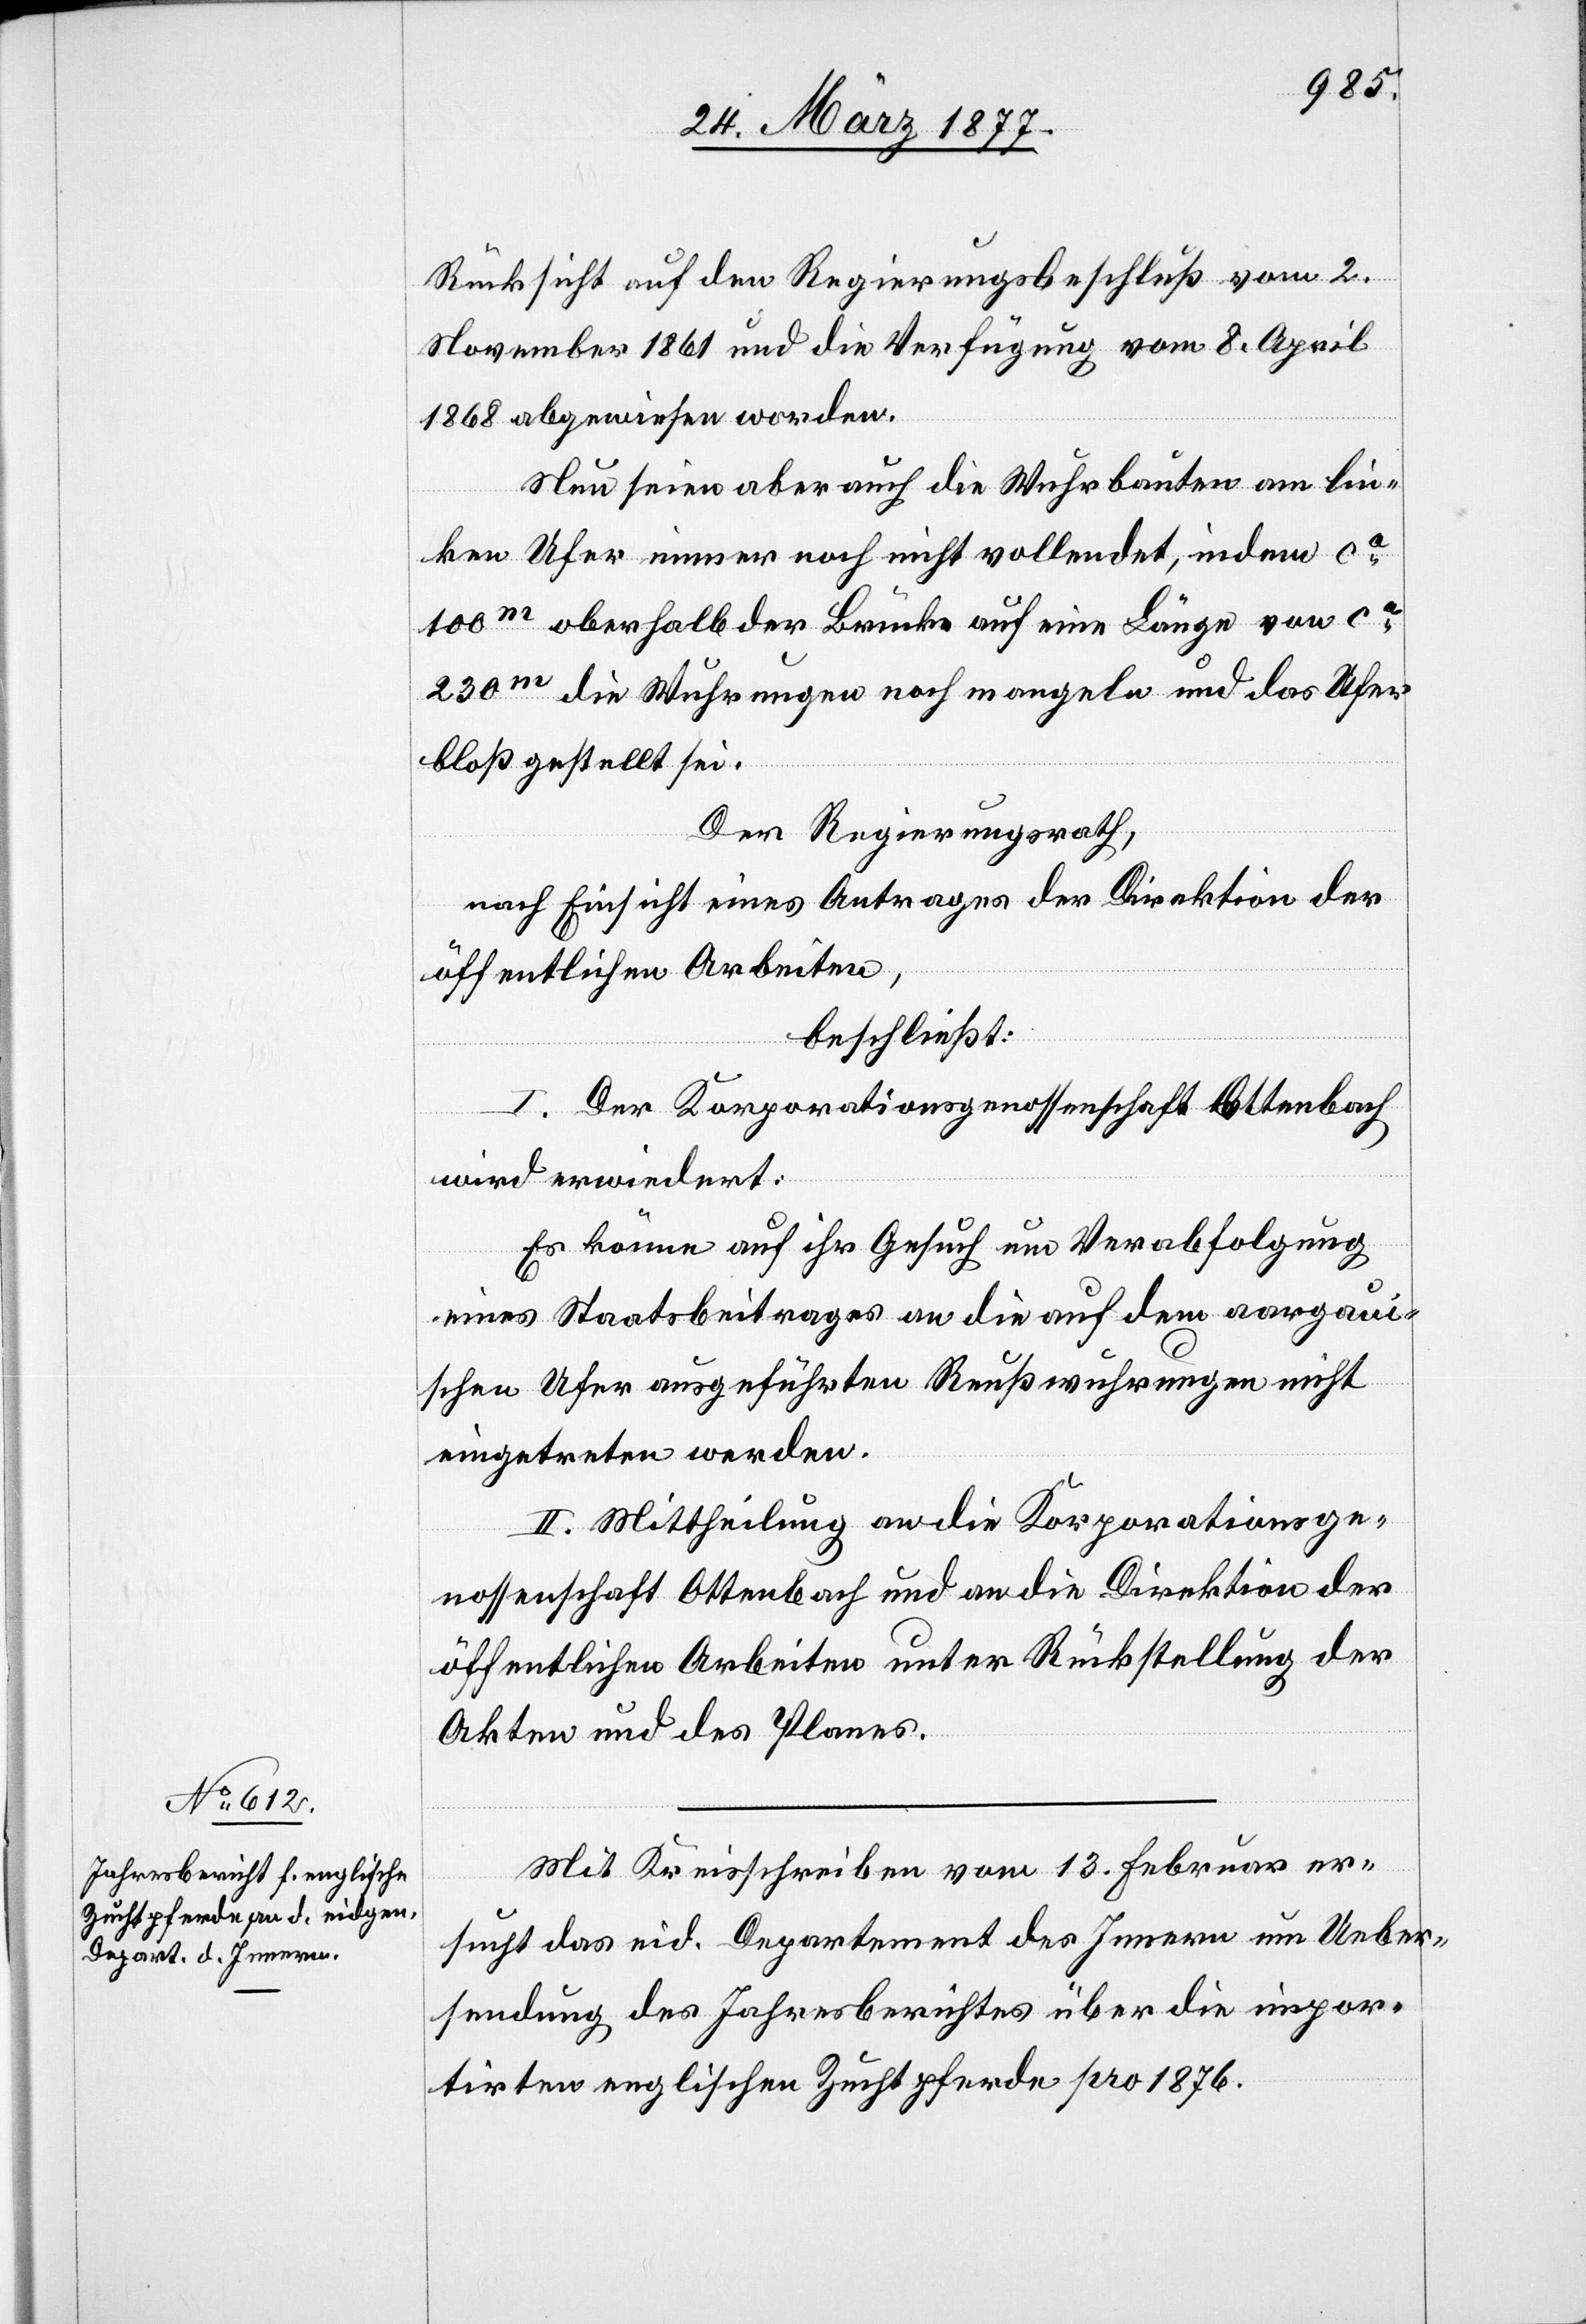
Rücksicht auf den Regierungsbeschluß vom 2.
November 1861 und die Verfügung vom 8. April
1868 abgewiesen worden.
Nun seien aber auch die Wuhrbauten am lin¬
ken Ufer immer noch nicht vollendet, indem ca
100m oberhalb der Brücke auf eine Länge von ca
230m die Wuhrungen noch mangeln und das Ufer
bloß gestellt sei.
Der Regierungsrath,
nach Einsicht eines Antrages der Direktion der
öffentlichen Arbeiten,
beschließt:
I. Der Korporationsgenossenschaft Ottenbach
wird erwiedert:
Es könne auf ihr Gesuch um Verabfolgung
eines Staatsbeitrages an die auf dem aargaui¬
schen Ufer ausgeführten Reußwuhrungen nicht
eingetreten werden.
II. Mittheilung an die Korporationsge¬
nossenschaft Ottenbach und an die Direktion der
öffentlichen Arbeiten unter Rückstellung der
Akten und des Planes.
Mit Kreisschreiben vom 13. Februar er¬
sucht das eid. Departement des Innern um Ueber¬
sendung des Jahresberichtes über die impor¬
tirten englischen Zuchtpferde pro 1876.